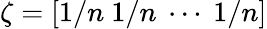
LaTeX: \zeta=[1/n~1/n~\cdots~1/n]